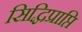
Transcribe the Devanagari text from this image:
सिद्धिप्राप्ति